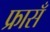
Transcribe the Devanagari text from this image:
फ्रासँ